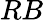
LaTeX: RB